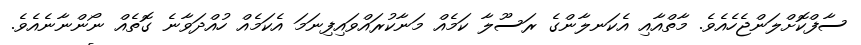
ސާފްކޮށްލަންޖެހެއެވެ. މާތްއާއި އެކަނލާންގެ ރަސޫލާ ކަމެއް މަނާކުރައްވައިފިނަމަ އެކަމެއް ހުއްދަވާނެ ގޮތެއް ނޯންނާނެއެވެ.